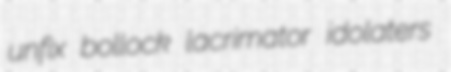
unfix bollock lacrimator idolaters